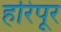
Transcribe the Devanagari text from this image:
हरिपूर